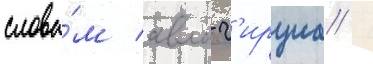
слова́м авла г'ирциа /